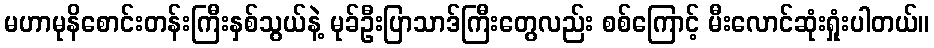
မဟာမုနိစောင်းတန်းကြီးနှစ်သွယ်နဲ့ မုခ်ဦးပြာသာဒ်ကြီးတွေလည်း စစ်ကြောင့် မီးလောင်ဆုံးရှုံးပါတယ်။